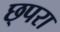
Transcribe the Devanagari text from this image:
छ्परा